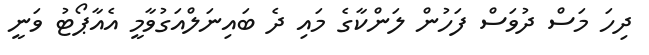
ދިހަ މަސް ދުވަސް ފަހުން ލަންކާގެ މައި ދެ ބައިނަލްއަގުވާމީ އެއާޕޯޓު ވަނީ